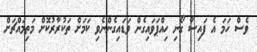
ވެސް ހަމަ އެ ފައިސާ ގޯނި ހިއްޕަވައިގެން ވަޑައިގެންނެވި ކަމަށް ތަކުރާރުކޮށް މަތިމައްޗަށް